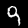
Label: 9